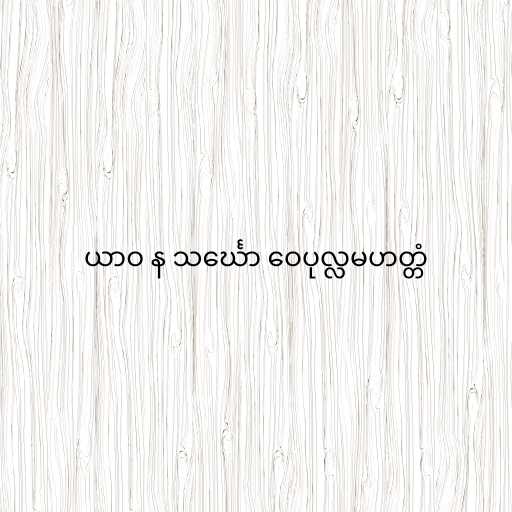
ယာဝ န သင်္ဃော ဝေပုလ္လမဟတ္တံ